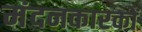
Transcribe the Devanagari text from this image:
मंदनकारकों